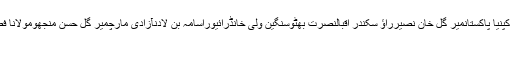
سان برنارڈینو فائرنگرینٹل پاور پلانٹس کیسفلمنیلسن منڈیلاکرکٹ ورلڈ کپنیا پاکستانمیر گل خان نصیرراؤ سکندر اقبالنصرت بھٹوسنگین ولی خانڈرائیوراسامہ بن لادنآزادی مارچمیر گل حسن منجھومولانا فضل الرحمنبھاشا ڈیمریمنڈ ڈیوسسیّد مسعود کوثرحامد رضا گیلانیناروے
کوئٹہ (اُردو پوائنٹ اخبارتازہ ترین۔